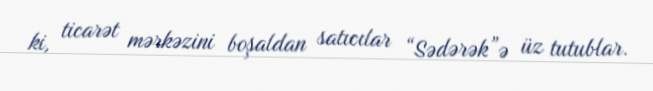
ki, ticarət mərkəzini boşaldan satıcılar “Sədərək”ə üz tutublar.